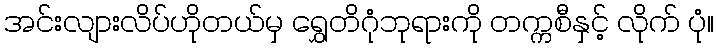
အင်းလျားလိပ်ဟိုတယ်မှ ရွှေတိဂုံဘုရားကို တက္ကစီနှင့် လိုက် ပုံ။